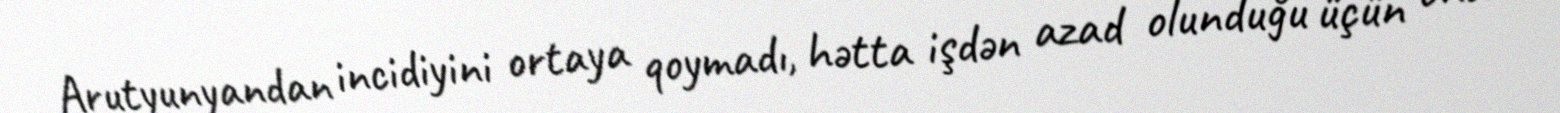
Arutyunyandan incidiyini ortaya qoymadı, hətta işdən azad olunduğu üçün ona